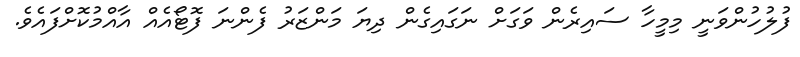
ފުލުހުންވަނީ މިމީހާ ސައިރެން ވަގަށް ނަގައިގެން ދިޔަ މަންޒަރު ފެންނަ ފޮޓޯއެއް އާއްމުކޮށްފައެވެ.